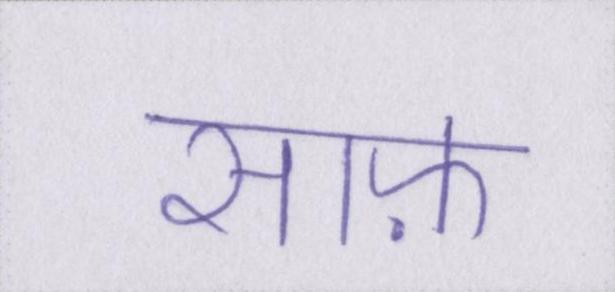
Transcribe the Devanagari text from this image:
साफ़